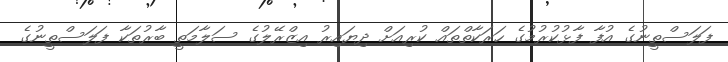
ފަލަސްތީނުގެ އުފާ ފާޅުކުރުމުގެ ހަރަކާތްތައް ކުރިއަށް ދިޔައިރު އިޒްރޭލުގެ ސަލާމަތީ ބާރުތަކާ ފަލަސްތީނުގެ